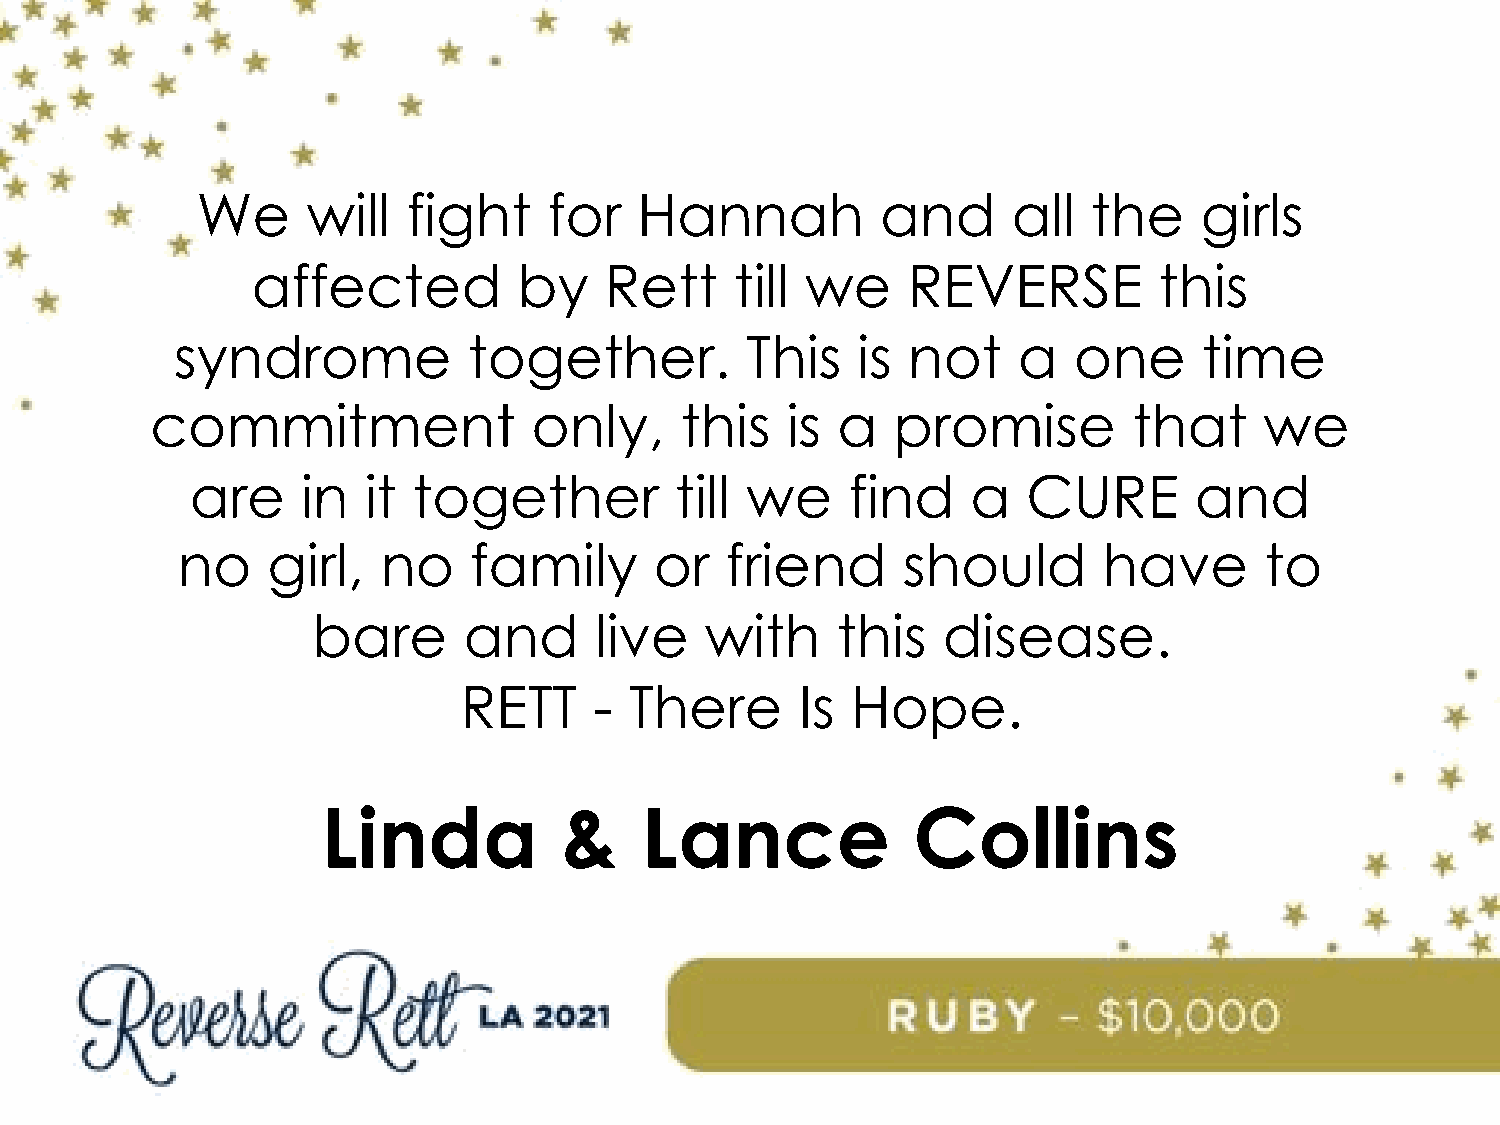
We     will   fight    for   Hannah          and      all  the    girls
 affected         by    Rett     till we    REVERSE          this
 syndrome           together.         This    is not    a   one      time
 commitment               only,     this   is a   promise         that     we
 are    in  it together          till we    find    a   CURE       and
 no    girl,  no    family      or   friend      should       have       to
 bare      and     live    with    this   disease.
 RETT    -  There      Is Hope.
 Linda           &    Lance             Collins